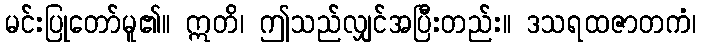
မင်းပြုတော်မူ၏။ ဣတိ၊ ဤသည်လျှင်အပြီးတည်း။ ဒသရထဇာတကံ၊